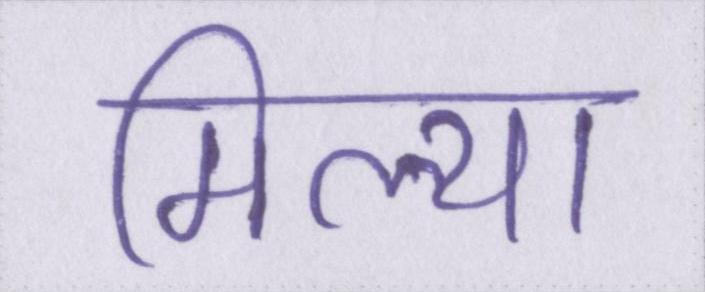
मिल्या